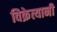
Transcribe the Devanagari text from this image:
विक्रेत्यानी